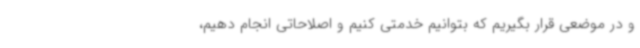
و در موضعی قرار بگیریم که بتوانیم خدمتی کنیم و اصلاحاتی انجام دهیم،